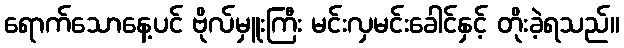
ရောက်သောနေ့ပင် ဗိုလ်မှူးကြီး မင်းလှမင်းခေါင်နှင့် တိုးခဲ့ရသည်။